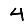
Digit: 4